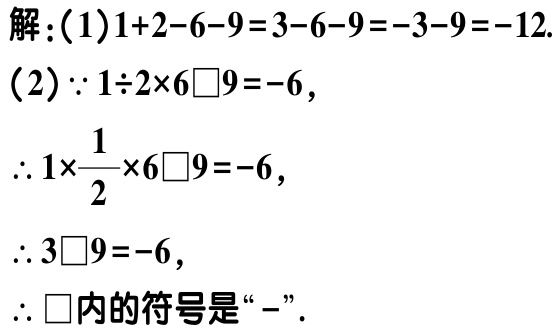
解：(1)$1 + 2 - 6 - 9 = 3 - 6 - 9 = - 3 - 9 = - 12$.
(2)$\because 1\div2\times6\square9 = - 6$,
$\therefore 1\times\frac{1}{2}\times6\square9 = - 6$,
$\therefore 3\square9 = - 6$,
$\therefore \square$内的符号是“$-$”.